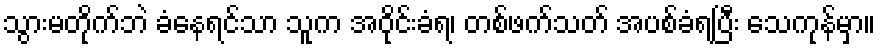
သွားမတိုက်ဘဲ ခံနေရင်သာ သူက အဝိုင်းခံရ၊ တစ်ဖက်သတ် အပစ်ခံရပြီး သေကုန်မှာ။